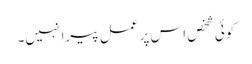
کوئی شخص اس پر عمل پیرا نہیں۔